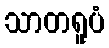
သာတရူပံ